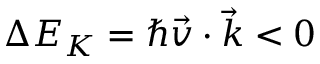
\Delta E _ { K } = \hbar \vec { v } \cdot \vec { k } < 0